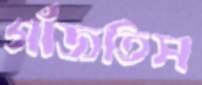
গাঁজতিস